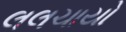
લલચાયો